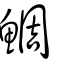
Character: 鯛